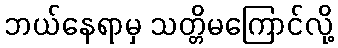
ဘယ်နေရာမှ သတ္တိမကြောင်လို့